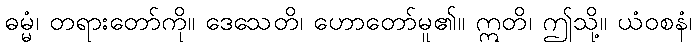
ဓမ္မံ၊ တရားတော်ကို။ ဒေသေတိ၊ ဟောတော်မူ၏။ ဣတိ၊ ဤသို့။ ယံဝစနံ၊